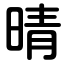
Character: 晴